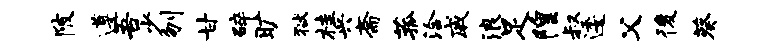
陂遵吾少刎甘碎旷狱桂兴斋菰洽戚浪足隍叔逶父後葵